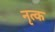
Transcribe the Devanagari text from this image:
नृत्क